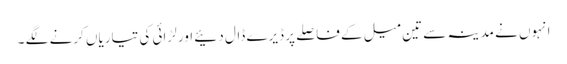
انہوں نے مدینہ سے تین میل کے فاصلے پر ڈیرے ڈال دئیے اور لڑائی کی تیاریاں کرنے لگے ۔